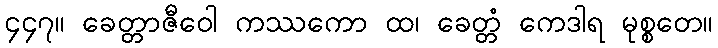
၄၄၇။ ခေတ္တာဇီဝေါ ကဿကော ထ၊ ခေတ္တံ ကေဒါရ မုစ္စတေ။